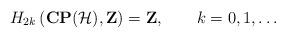
LaTeX: \begin{align*}H_{2k}\left({\bf CP}({\cal H}), {\bf Z}\right)={\bf Z}, \qquad k=0,1,\ldots\end{align*}